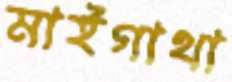
মাইগাথা